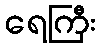
ရေကြီး